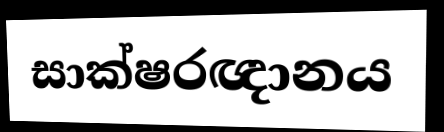
සාක්ෂරඥානය